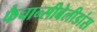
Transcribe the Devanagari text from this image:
फैचान्सीबेलीडांस